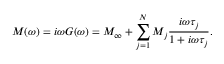
M ( \omega ) = i \omega G ( \omega ) = M _ { \infty } + \sum _ { j = 1 } ^ { N } M _ { j } \frac { i \omega \tau _ { j } } { 1 + i \omega \tau _ { j } } .